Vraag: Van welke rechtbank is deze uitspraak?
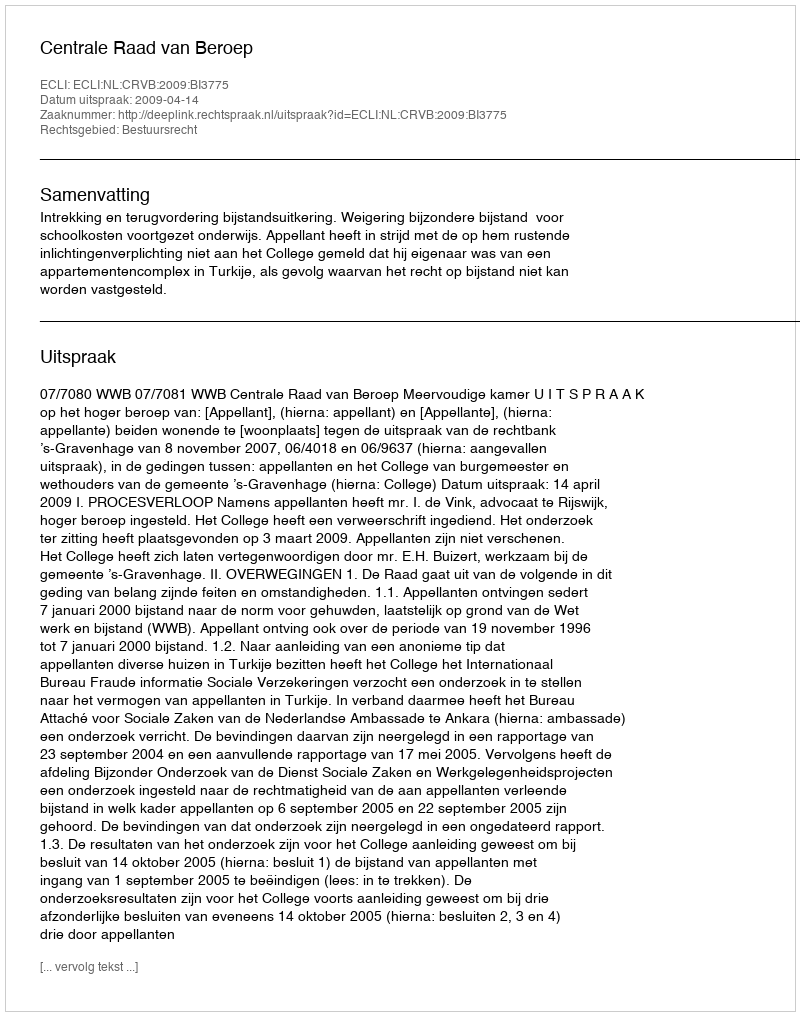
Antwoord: Centrale Raad van Beroep